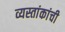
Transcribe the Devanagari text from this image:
व्यस्तांकांची